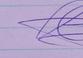
Signature authenticity: genuine